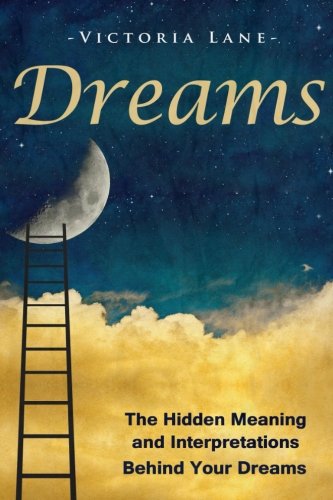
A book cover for Dreams: The Hidden Meaning And Interpretations Behind Your Dreams (Dream Interpretation - Learn About What Goes on Inside Your Head While You Sleep); Victoria Lane; Self-Help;